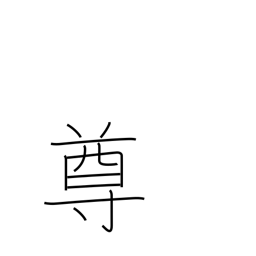
Meaning: noble